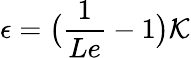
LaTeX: \epsilon=\big(\frac{1}{Le}-1\big)\mathcal{K}